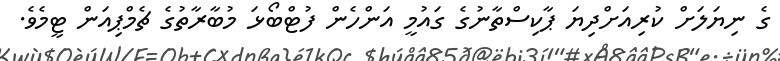
ގެ ނިޔަލަށް ކުރިއަށްދިޔަ ޕާކިސްތާނުގެ ގައުމީ އަންހެން ފުޓްބޯޅަ މުބާރާތުގެ ޗެމްޕިއަން ޓީމެވެ.